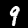
Digit: 9